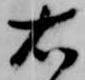
右